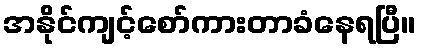
အနိုင်ကျင့်စော်ကားတာခံနေရပြီ။